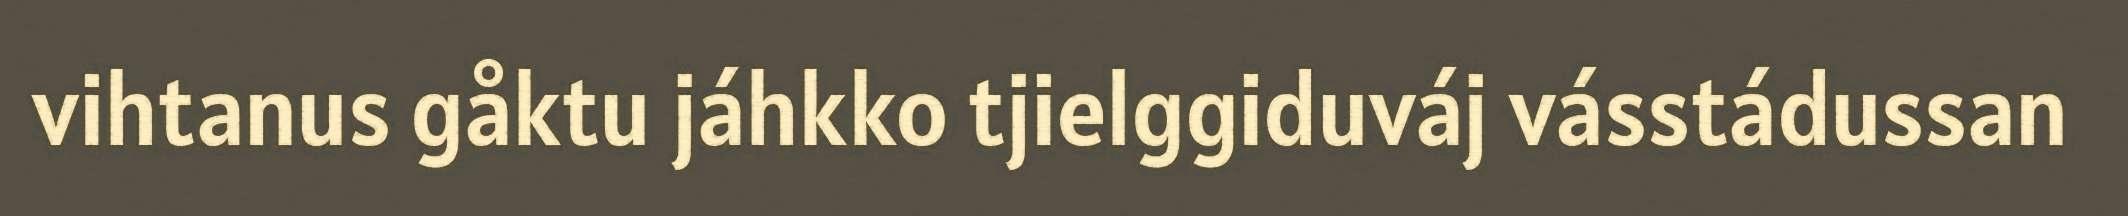
vihtanus gåktu jáhkko tjielggiduváj vásstádussan